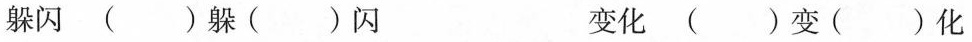
躲闪( )躲( )闪 变化( )变( )化